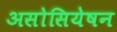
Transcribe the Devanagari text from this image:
असोसियेषन